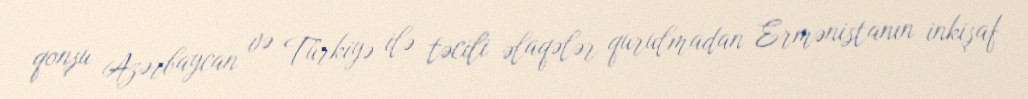
qonşu Azərbaycan və Türkiyə ilə təcili əlaqələr qurulmadan Ermənistanın inkişaf